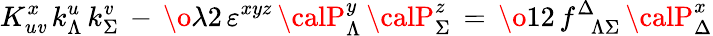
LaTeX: K_{u\mathit{v}}^{x}\, k_{\Lambda}^{u}\, k_{\Sigma}^{\mathit{v}}\, -\, {\o{\lambda}{2}}\, \varepsilon^{xyz}\, {\calP}_{\Lambda}^{y}\, {\calP}_{\Sigma}^{z}\, =\, {\o{1}{2}}\, f_{\phantom{\Delta}\Lambda\Sigma}^{\Delta}\, {\calP}_{\Delta}^{x}